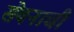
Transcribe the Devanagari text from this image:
सेवनाची